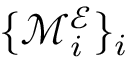
\{ \mathcal { M } _ { i } ^ { \mathcal { E } } \} _ { i }